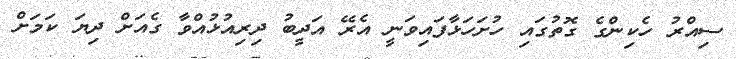
ސިއްރު ހެކިންގެ ގޮތުގައި ހުށަހަޅާފައިވަނީ އެރޭ އަދީބު ދިރިއުޅުއްވާ ގެއަށް ދިޔަ ކަމަށް